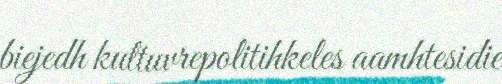
biejedh kultuvrepolitihkeles aamhtesidie